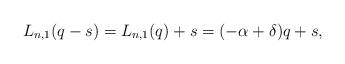
LaTeX: \begin{align*}L_{n,1}(q-s)= L_{n,1}(q)+s=(-\alpha+\delta) q+s,\end{align*}